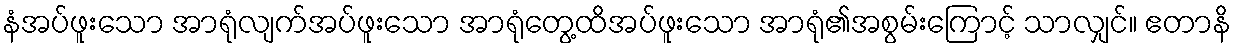
နံအပ်ဖူးသော အာရုံလျက်အပ်ဖူးသော အာရုံတွေ့ထိအပ်ဖူးသော အာရုံ၏အစွမ်းကြောင့် သာလျှင်။ ဧတာနိ